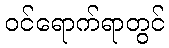
ဝင်ရောက်ရာတွင်